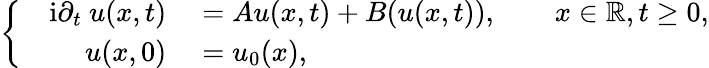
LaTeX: \left\{ \quad\begin{array}{rl}{\mathrm{i}\partial_{t}\ u(x,t)}&{{}=Au(x,t)+B(u(x,t)),\qquad x\in\mathbb{R},t\geq 0,}\\ {u(x,0)}&{{}=u_{0}(x),}\end{array}\right.